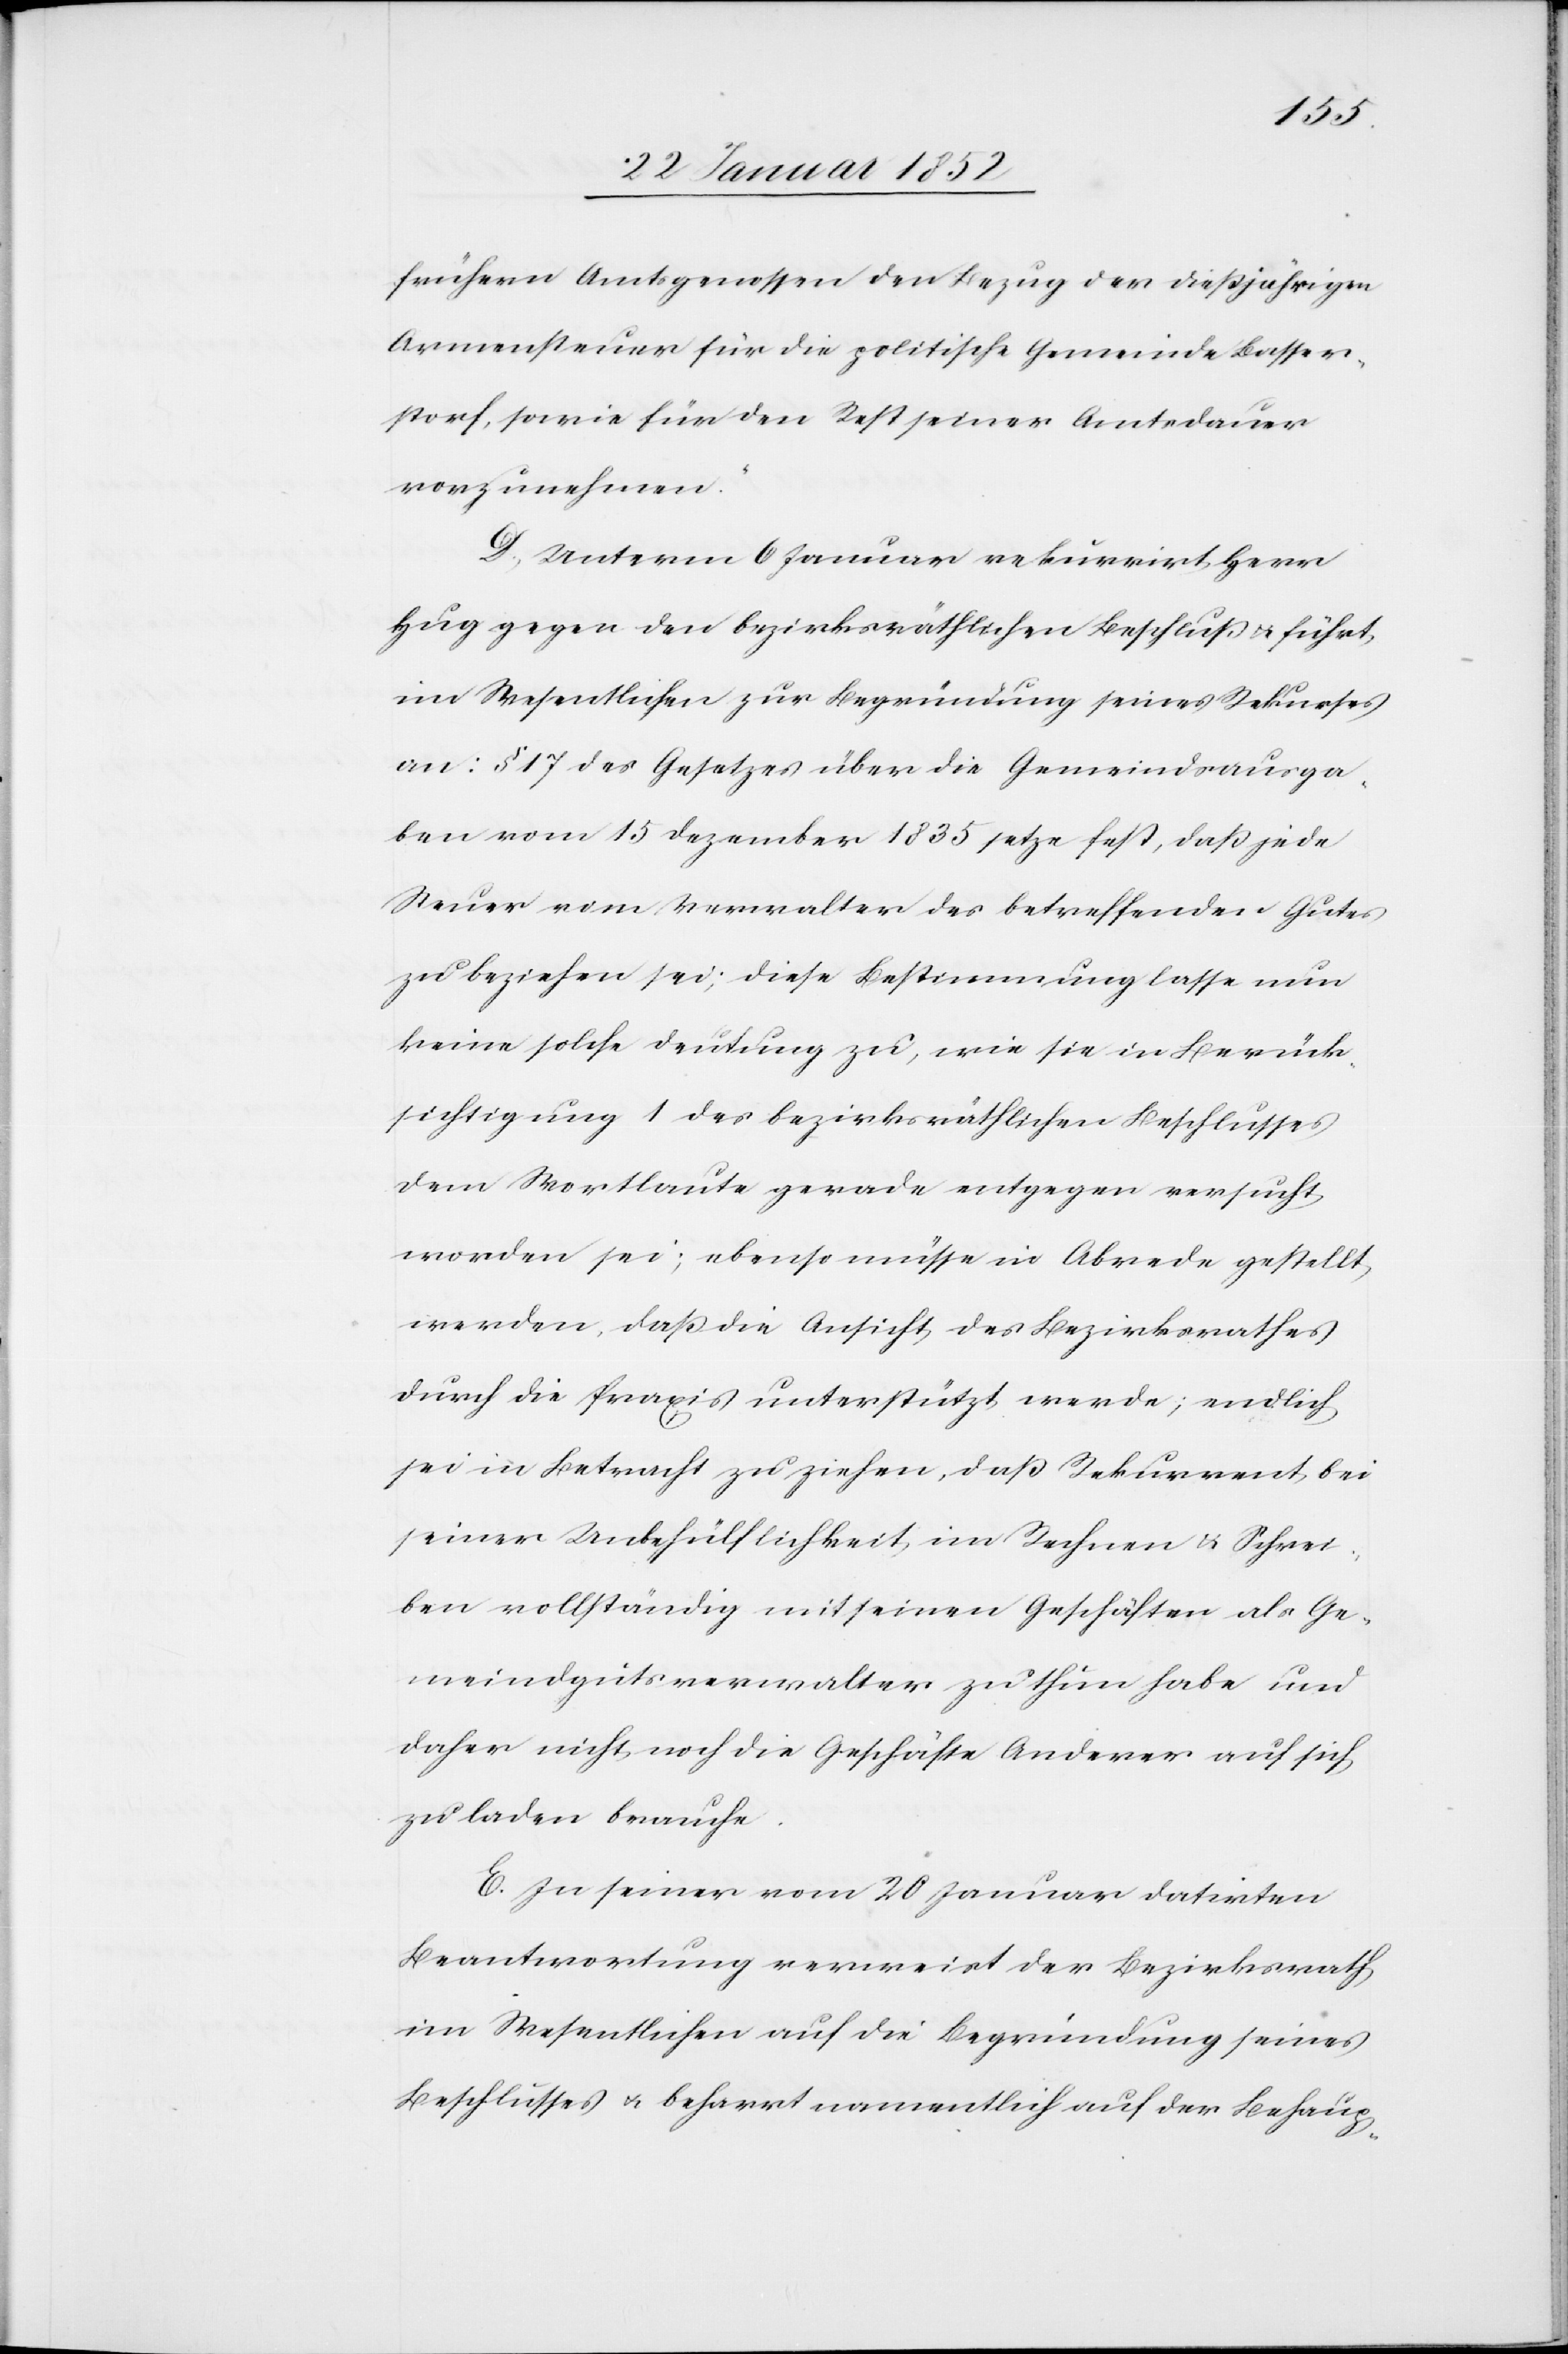
frühern Amtsgenossen den Bezug der dießjährigen
Armensteuer für die politische Gemeinde Basser¬
storf, sowie für den Rest seiner Amtsdauer
vorzunehmen.[“]
D.) Unterm 6 Januar rekurrirt Herr
Hug gegen den bezirksräthlichen Beschluß u. führt
im Wesentlichen zur Begründung seines Rekurses
an: § 17 des Gesetzes über die Gemeindsausga¬
ben vom 15 Dezember 1825 setze fest, daß jede
Steuer vom Verwalter des betreffenden Gutes
zu beziehen sei; diese Bestimmung lasse nun
keine solche Deutung zu, wie sie in Berück¬
sichtigung 1 des bezirksräthlichen Beschlusses
dem Wortlaute gerade entgegen versucht
worden sei; ebenso müsse in Abrede gestellt
werden, daß die Ansicht des Bezirksrathes
durch die Praxis unterstützt werde; endlich
sei in Betracht zu ziehen, daß Rekurrent, bei
seiner Unbehülflichkeit im Rechnen u. Schrei¬
ben vollständig mit seinen Geschäften als Ge¬
meindgutsverwalter zu thun habe und
daher nicht noch die Geschäfte Anderer auf sich
zu laden brauche.
E. In seiner vom 20 Januar datirten
Beantwortung recurrirt der Bezirksrath
im Wesentlichen auf die Begründung seines
Beschlusses u. beharrt namentlich auf der Behaup-